Report of the Indian Hemp Drugs Commission, 1894-1895 - Volume I
Year: 1894
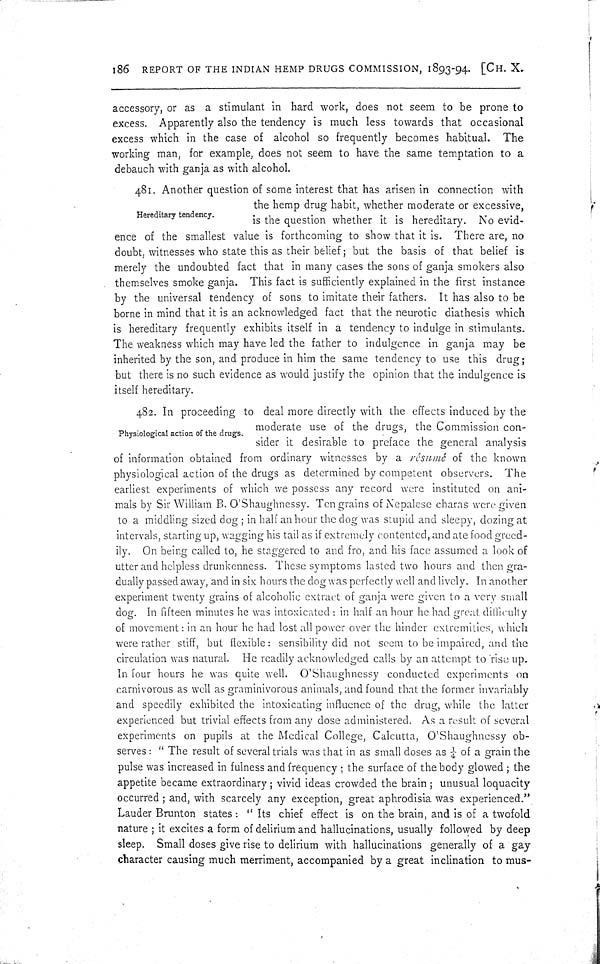
186 REPORT OF THE INDIAN HEMP DRUGS COMMISSION, 1893-94. [CH. X.
accessory, or as a stimulant in hard work, does not seem to be prone to
excess. Apparently also the tendency is much less towards that occasional
excess which in the case of alcohol so frequently becomes habitual. The
working man, for example, does not seem to have the same temptation to a
debauch with ganja as with alcohol.
Hereditary tendency.
481. Another question of some interest that has arisen in connection with
the hemp drug habit, whether moderate or excessive,
is the question whether it is hereditary. No evid-
ence of the smallest value is forthcoming to show that it is. There are, no
doubt, witnesses who state this as their belief; but the basis of that belief is
merely the undoubted fact that in many cases the sons of ganja smokers also
themselves smoke ganja. This fact is sufficiently explained in the first instance
by the universal tendency of sons to imitate their fathers. It has also to be
borne in mind that it is an acknowledged fact that the neurotic diathesis which
is hereditary frequently exhibits itself in a tendency to indulge in stimulants.
The weakness which may have led the father to indulgence in ganja may be
inherited by the son, and produce in him the same tendency to use this drug;
but there is no such evidence as would justify the opinion that the indulgence is
itself hereditary.
Physiological action of the drugs.
482. In proceeding to deal more directly with the effects induced by the
moderate use of the drugs, the Commission con-
sider it desirable to preface the general analysis
of information obtained from ordinary witnesses by a résumé of the known
physiological action of the drugs as determined by competent observers. The
earliest experiments of which we possess any record were instituted on ani-
mals by Sir William B. O'Shaughnessy. Ten grains of Nepalese charas were given
to a middling sized dog; in half an hour the dog was stupid and sleepy, dozing at
intervals, starting up, wagging his tail as if extremely contented, and ate food greed-
ily. On being called to, he staggered to and fro, and his face assumed a look of
utter and helpless drunkenness. These symptoms lasted two hours and then gra-
dually passed away, and in six hours the dog was perfectly well and lively. In another
experiment twenty grains of alcoholic extract of ganja were given to a very small
dog. In fifteen minutes he was intoxicated: in half an hour he had great difficulty
of movement: in an hour he had lost all power over the hinder extremities, which
were rather stiff, but flexible: sensibility did not seem to be impaired, and the
circulation was natural. He readily acknowledged calls by an attempt to rise up.
In four hours he was quite well. O'Shaughnessy conducted experiments on
carnivorous as well as graminivorous animals, and found that the former invariably
and speedily exhibited the intoxicating influence of the drug, while the latter
experienced but trivial effects from any dose administered. As a result of several
experiments on pupils at the Medical College, Calcutta, O'Shaughnessy ob-
serves: "The result of several trials was that in as small doses as 1/4 of a grain the
pulse was increased in fulness and frequency; the surface of the body glowed; the
appetite became extraordinary; vivid ideas crowded the brain; unusual loquacity
occurred; and, with scarcely any exception, great aphrodisia was experienced."
Lauder Brunton states: "Its chief effect is on the brain, and is of a twofold
nature; it excites a form of delirium and hallucinations, usually followed by deep
sleep. Small doses give rise to delirium with hallucinations generally of a gay
character causing much merriment, accompanied by a great inclination to mus-